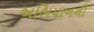
અભિયાનની